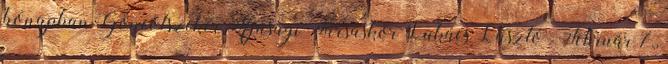
hónapban Göncölszekér Ifjúsági Társaskör Lukács László . Február 7.,